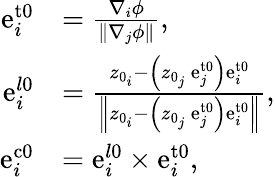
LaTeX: \begin{array}{rl}{\mathrm{e}_{i}^{\mathrm{{t0}}}}&{=\frac{\nabla_{i}\phi}{\left\| \nabla_{j}\phi\right\| },}\\ {\mathrm{e}_{i}^{l\mathrm{0}}}&{=\frac{z_{0_{i}}-\left(z_{0_{j}}\ \mathrm{e}_{j}^{\mathrm{{t0}}}\right)\mathrm{e}_{i}^{\mathrm{t0}}}{\left\| z_{0_{i}}-\left(z_{0_{j}}\ \mathrm{e}_{j}^{\mathrm{{t0}}}\right)\mathrm{e}_{i}^{\mathrm{t0}}\right\| },}\\ {\mathrm{e}_{i}^{\mathrm{{c0}}}}&{=\mathrm{e}_{i}^{l\mathrm{0}}\times\mathrm{e}_{i}^{\mathrm{{t0}}},}\end{array}